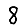
Digit: 8